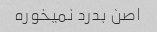
اصن بدرد نمیخوره